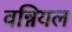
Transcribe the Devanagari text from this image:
वन्नियल